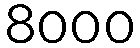
8000